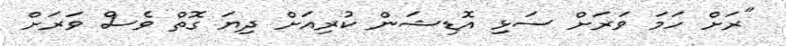
"ރަށް ހަމަ ވަރަށް ސަޅި އޮޑިޝަން ކުރިއަށް ދިޔަ ގޮތް ވެސް ވަރަށް